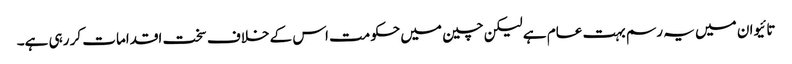
تائیوان میں یہ رسم بہت عام ہے لیکن چین میں حکومت اس کے خلاف سخت اقدامات کر رہی ہے۔